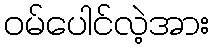
ဝမ်ပေါင်လဲ့အား